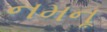
નમનૂ